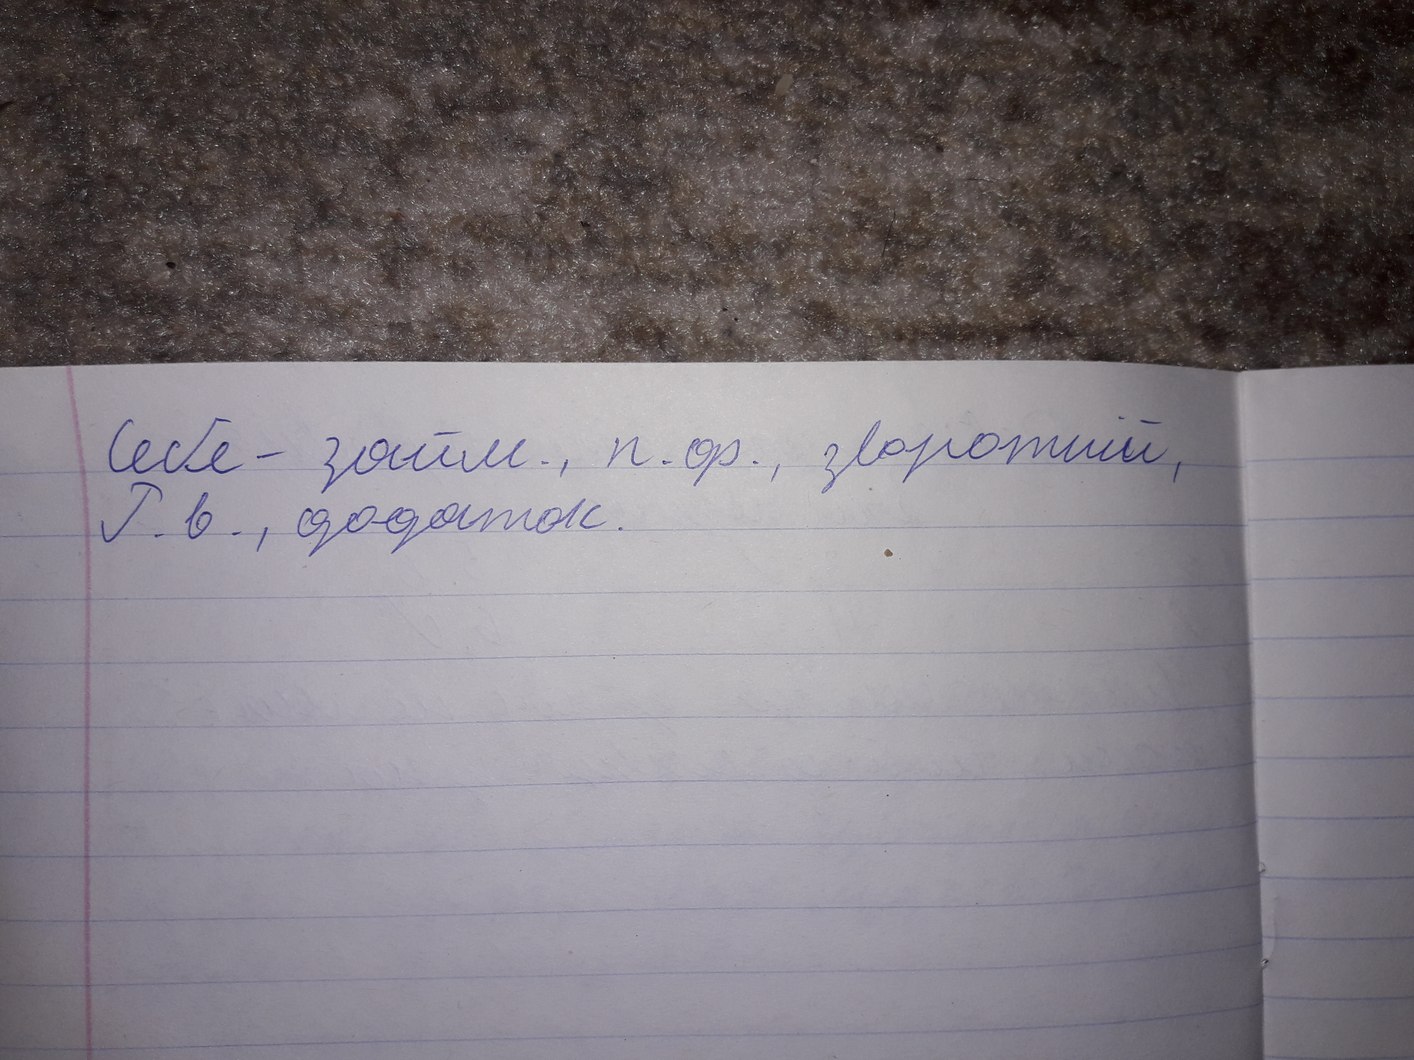
Себе - Займ., п. ор., зворотній
Р. в., додаток